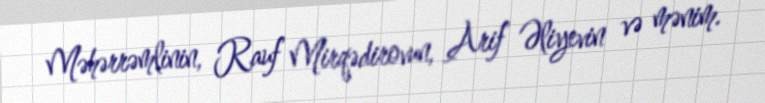
Məhərrəmlinin, Rauf Mirqədirovun, Arif Əliyevin və mənim.